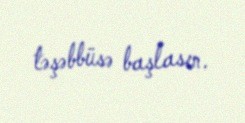
təşəbbüsə başlasın.